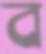
ব